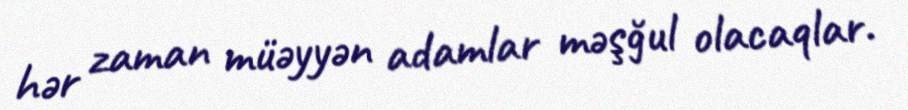
hər zaman müəyyən adamlar məşğul olacaqlar.